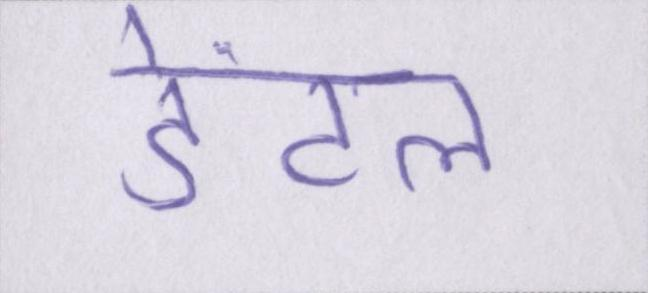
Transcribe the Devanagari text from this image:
डेंटल